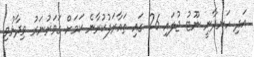
އަދި ހަނދާނީ ނޫޓު ޖުލައި 26 ގައި ތައާރަފުކުރާނެ ކަމަށް ގަވަރުނަރު ވިދާޅުވި